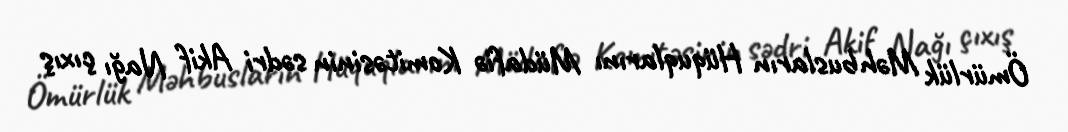
Ömürlük Məhbusların Hüquqlarını Müdafiə Komitəsinin sədri Akif Nağı çıxış